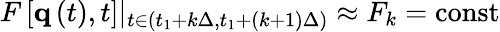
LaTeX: \begin{array}{r}{F\left[\textbf{q}\left(t\right),t\right]\rvert_{t\in\left(t_{1}+k\Delta,t_{1}+\left(k+1\right)\Delta\right)}\approx F_{k}=\mathrm{const}}\end{array}